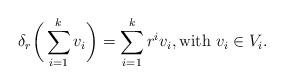
LaTeX: \begin{align*}\delta_r \bigg( \sum_{i = 1}^k v_i \bigg) = \sum_{i = 1}^k r^i v_i, \mbox{with $v_i \in V_i$}.\end{align*}